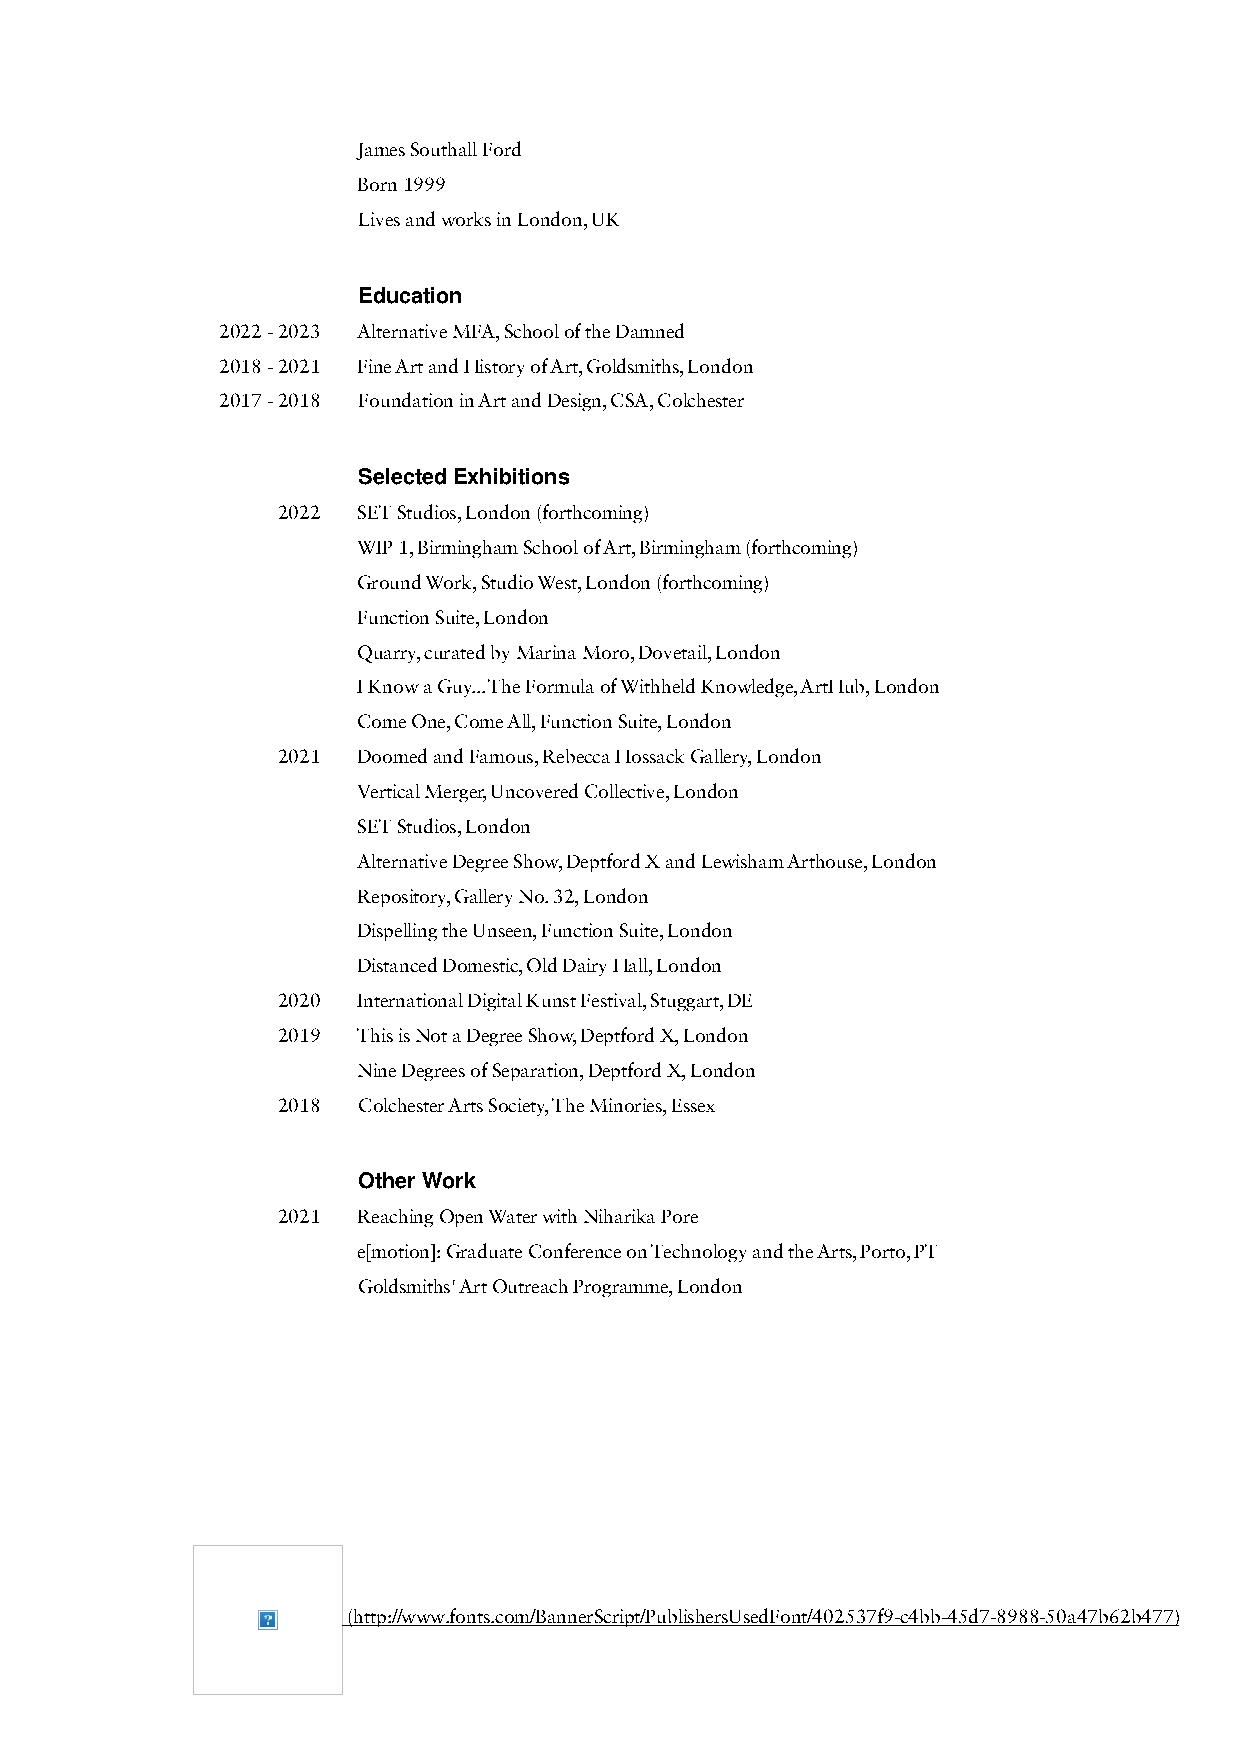
James Southall Ford
 Born 1999
 Lives and works in London, UK
 Education
 2022 - 2023 Alternative MFA, School of the Damned
 2018 - 2021 Fine Art and History of Art, Goldsmiths, London
 2017 - 2018 Foundation in Art and Design, CSA, Colchester
 Selected Exhibitions
 2022  SET Studios, London (forthcoming)
 WIP 1, Birmingham School of Art, Birmingham (forthcoming)
 Ground Work, Studio West, London (forthcoming)
 Function Suite, London
 Quarry, curated by Marina Moro, Dovetail, London
 I Know a Guy... The Formula of Withheld Knowledge, ArtHub, London
 Come One, Come All, Function Suite, London
 2021  Doomed and Famous, Rebecca Hossack Gallery, London
 Vertical Merger, Uncovered Collective, London
 SET Studios, London
 Alternative Degree Show, Deptford X and Lewisham Arthouse, London
 Repository, Gallery No. 32, London
 Dispelling the Unseen, Function Suite, London
 Distanced Domestic, Old Dairy Hall, London
 2020  International Digital Kunst Festival, Stuggart, DE
 2019  This is Not a Degree Show, Deptford X, London
 Nine Degrees of Separation, Deptford X, London
 2018  Colchester Arts Society, The Minories, Essex
 Other Work
 2021  Reaching Open Water with Niharika Pore
 e[motion]: Graduate Conference on Technology and the Arts, Porto, PT
 Goldsmiths' Art Outreach Programme, London
 (http://www.fonts.com/BannerScript/PublishersUsedFont/402537f9-c4bb-45d7-8988-50a47b62b477)